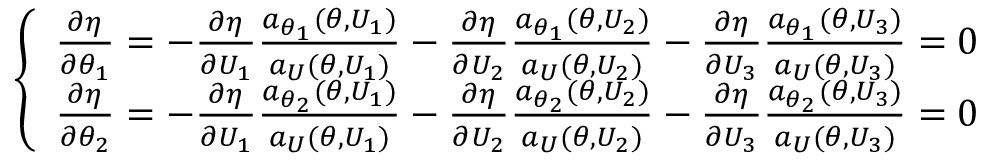
\left\{ \begin{array} { l l } { \frac { \partial \eta } { \partial \theta _ { 1 } } = - \frac { \partial \eta } { \partial U _ { 1 } } \frac { a _ { \theta _ { 1 } } ( \theta , U _ { 1 } ) } { a _ { U } ( \theta , U _ { 1 } ) } - \frac { \partial \eta } { \partial U _ { 2 } } \frac { a _ { \theta _ { 1 } } ( \theta , U _ { 2 } ) } { a _ { U } ( \theta , U _ { 2 } ) } - \frac { \partial \eta } { \partial U _ { 3 } } \frac { a _ { \theta _ { 1 } } ( \theta , U _ { 3 } ) } { a _ { U } ( \theta , U _ { 3 } ) } = 0 } \\ { \frac { \partial \eta } { \partial \theta _ { 2 } } = - \frac { \partial \eta } { \partial U _ { 1 } } \frac { a _ { \theta _ { 2 } } ( \theta , U _ { 1 } ) } { a _ { U } ( \theta , U _ { 1 } ) } - \frac { \partial \eta } { \partial U _ { 2 } } \frac { a _ { \theta _ { 2 } } ( \theta , U _ { 2 } ) } { a _ { U } ( \theta , U _ { 2 } ) } - \frac { \partial \eta } { \partial U _ { 3 } } \frac { a _ { \theta _ { 2 } } ( \theta , U _ { 3 } ) } { a _ { U } ( \theta , U _ { 3 } ) } = 0 } \end{array} \right.